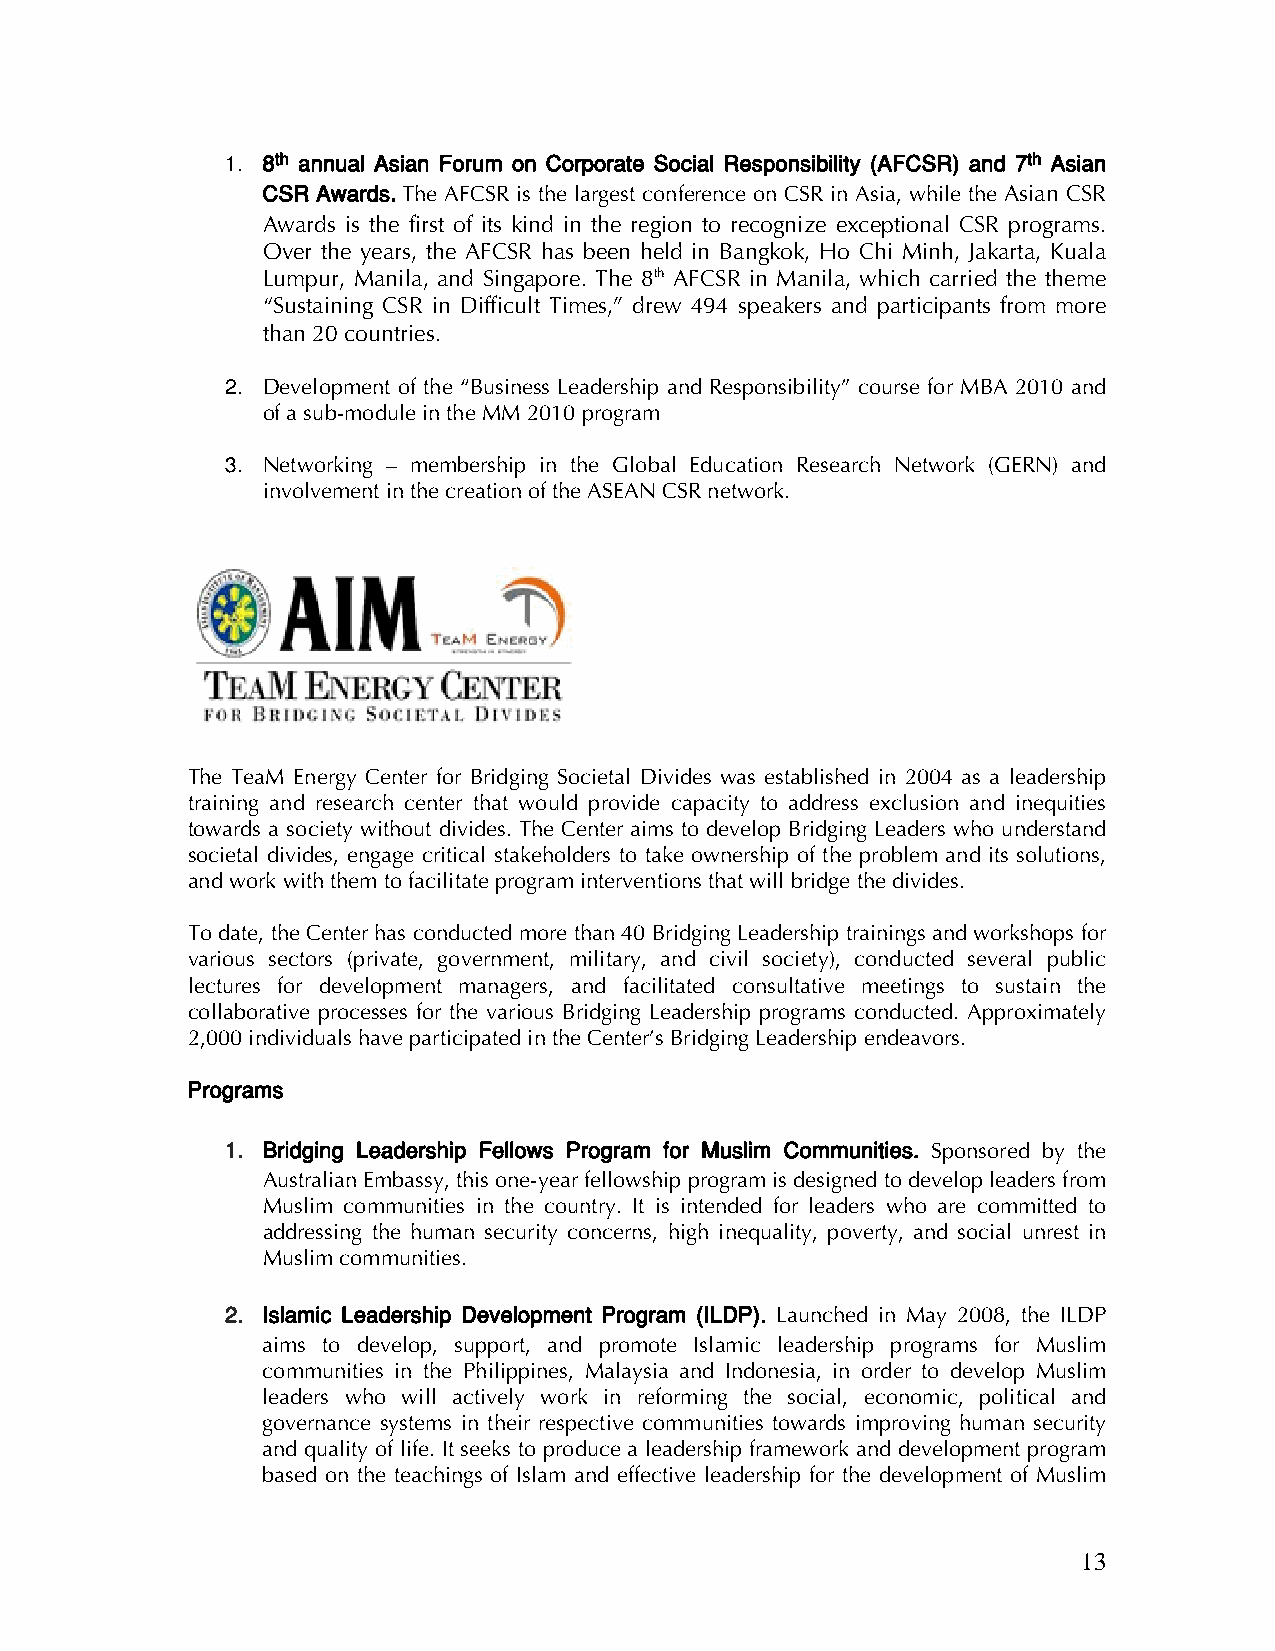
1. 8th annual Asian Forum on Corporate Social Responsibility (AFCSR) and 7th Asian
 CSR Awards. The AFCSR is the largest conference on CSR in Asia, while the Asian CSR
 Awards is the first of its kind in the region to recognize exceptional CSR programs.
 Over the years, the AFCSR has been held in Bangkok, Ho Chi Minh, Jakarta, Kuala
 Lumpur, Manila, and Singapore. The 8th AFCSR in Manila, which carried the theme
 “Sustaining CSR in Difficult Times,” drew 494 speakers and participants from more
 than 20 countries.
 2. Development of the “Business Leadership and Responsibility” course for MBA 2010 and
 of a sub-module in the MM 2010 program
 3. Networking – membership in the Global Education Research Network (GERN) and
 involvement in the creation of the ASEAN CSR network.
 The TeaM Energy Center for Bridging Societal Divides was established in 2004 as a leadership
 training and research center that would provide capacity to address exclusion and inequities
 towards a society without divides. The Center aims to develop Bridging Leaders who understand
 societal divides, engage critical stakeholders to take ownership of the problem and its solutions,
 and work with them to facilitate program interventions that will bridge the divides.
 To date, the Center has conducted more than 40 Bridging Leadership trainings and workshops for
 various sectors (private, government, military, and civil society), conducted several public
 lectures for development managers, and facilitated consultative meetings to sustain the
 collaborative processes for the various Bridging Leadership programs conducted. Approximately
 2,000 individuals have participated in the Center’s Bridging Leadership endeavors.
 Programs
 1. Bridging Leadership Fellows Program for Muslim Communities. Sponsored by the
 Australian Embassy, this one-year fellowship program is designed to develop leaders from
 Muslim communities in the country. It is intended for leaders who are committed to
 addressing the human security concerns, high inequality, poverty, and social unrest in
 Muslim communities.
 2. Islamic Leadership Development Program (ILDP). Launched in May 2008, the ILDP
 aims to develop, support, and promote Islamic leadership programs for Muslim
 communities in the Philippines, Malaysia and Indonesia, in order to develop Muslim
 leaders who will actively work in reforming the social, economic, political and
 governance systems in their respective communities towards improving human security
 and quality of life. It seeks to produce a leadership framework and development program
 based on the teachings of Islam and effective leadership for the development of Muslim
 13